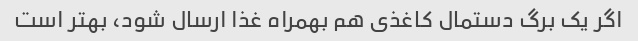
اگر یک برگ دستمال کاغذی هم بهمراه غذا ارسال شود، بهتر است